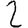
Digit: 2